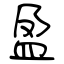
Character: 盈